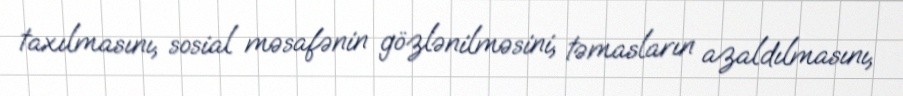
taxılmasını, sosial məsafənin gözlənilməsini, təmasların azaldılmasını,